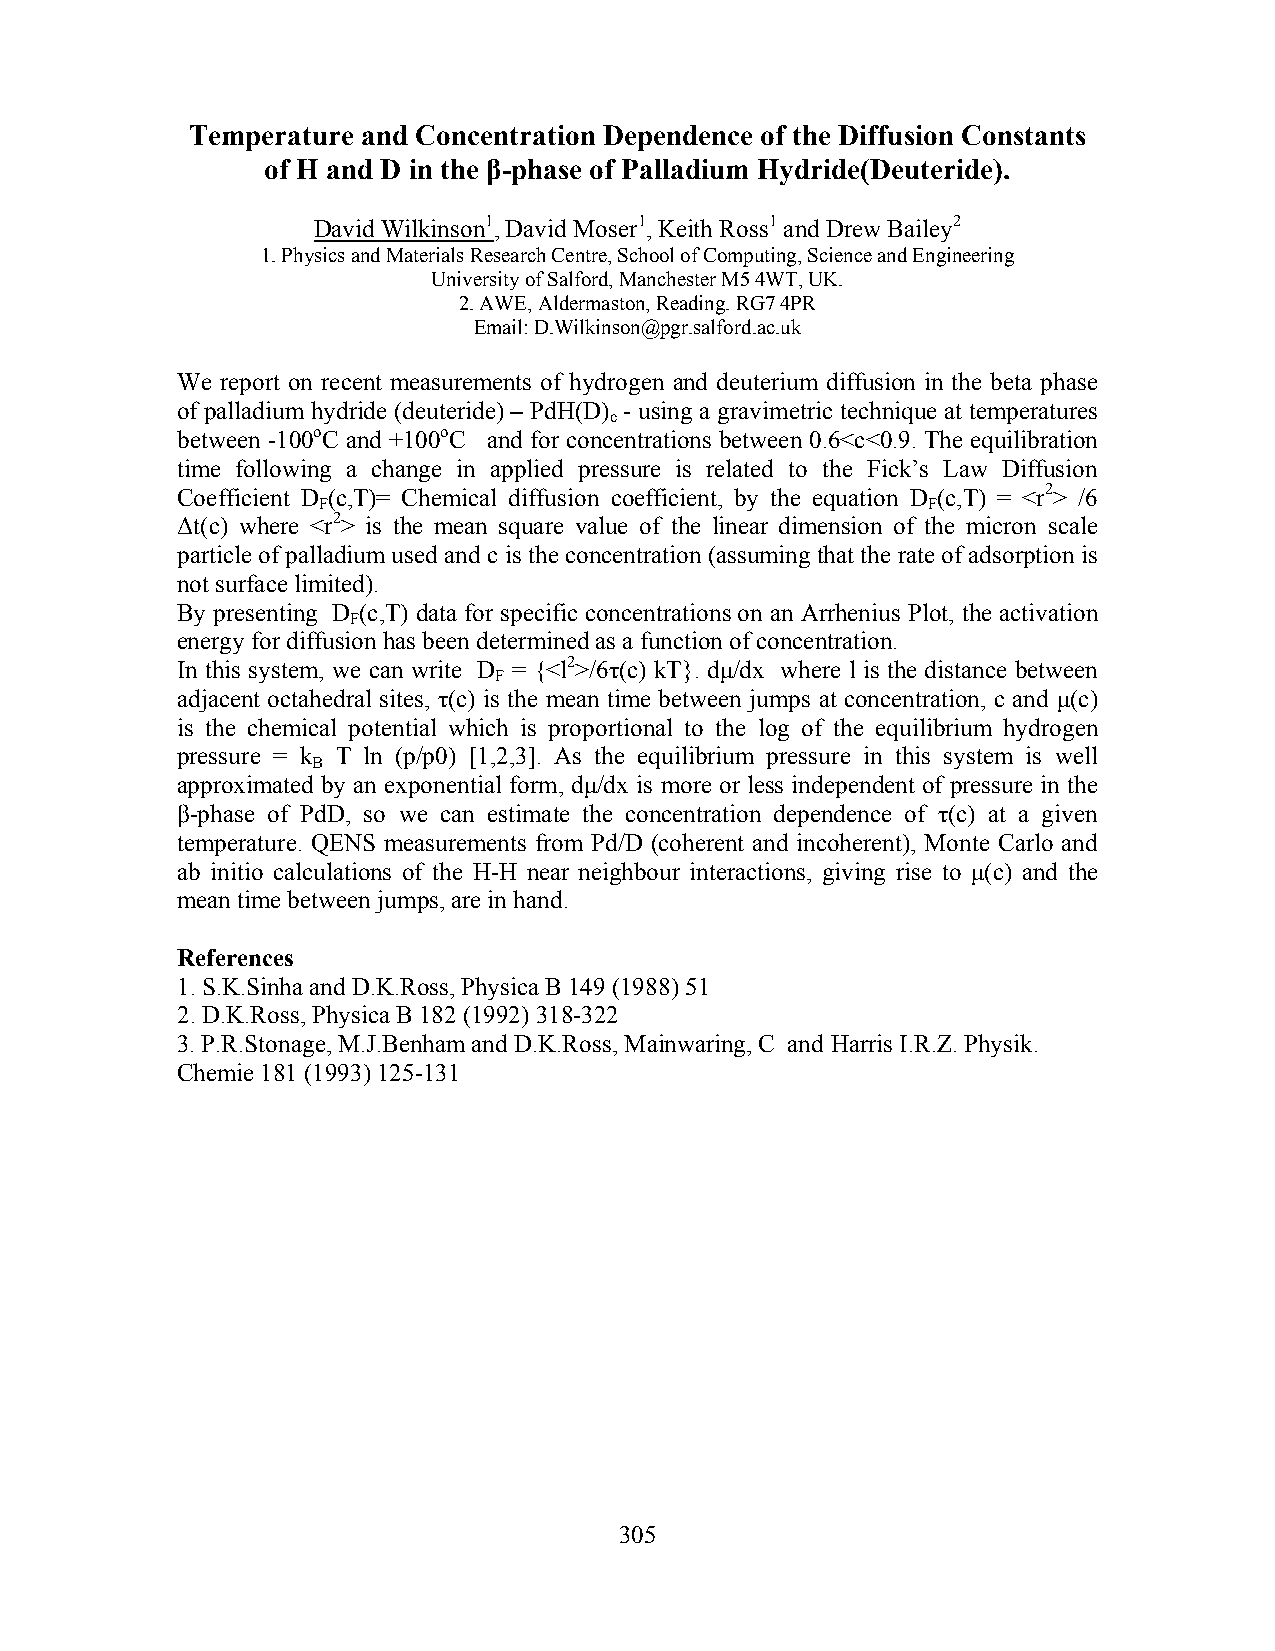
Temperature and Concentration Dependence of the Diffusion Constants
 of H and D in the β-phase of Palladium Hydride(Deuteride).
 David Wilkinson1, David Moser1, Keith Ross1 and Drew Bailey2
 1. Physics and Materials Research Centre, School of Computing, Science and Engineering
 University of Salford, Manchester M5 4WT, UK.
 2. AWE, Aldermaston, Reading. RG7 4PR
 Email: D.Wilkinson@pgr.salford.ac.uk
 We report on recent measurements of hydrogen and deuterium diffusion in the beta phase
 of palladium hydride (deuteride) – PdH(D) - using a gravimetric technique at temperatures
 c
 between -100oC and +100oC and for concentrations between 0.6<c<0.9. The equilibration
 time following a change in applied pressure is related to the Fick’s Law Diffusion
 Coefficient D (c,T)= Chemical diffusion coefficient, by the equation D (c,T) = <r2> /6
 F                                       F
 Δt(c) where <r2> is the mean square value of the linear dimension of the micron scale
 particle of palladium used and c is the concentration (assuming that the rate of adsorption is
 not surface limited).
 By presenting D (c,T) data for specific concentrations on an Arrhenius Plot, the activation
 F
 energy for diffusion has been determined as a function of concentration.
 In this system, we can write D = {<l2>/6τ(c) kT}. dμ/dx where l is the distance between
 F
 adjacent octahedral sites, τ(c) is the mean time between jumps at concentration, c and μ(c)
 is the chemical potential which is proportional to the log of the equilibrium hydrogen
 pressure = k T ln (p/p0) [1,2,3]. As the equilibrium pressure in this system is well
 B
 approximated by an exponential form, dμ/dx is more or less independent of pressure in the
 β-phase of PdD, so we can estimate the concentration dependence of τ(c) at a given
 temperature. QENS measurements from Pd/D (coherent and incoherent), Monte Carlo and
 ab initio calculations of the H-H near neighbour interactions, giving rise to μ(c) and the
 mean time between jumps, are in hand.
 References
 1. S.K.Sinha and D.K.Ross, Physica B 149 (1988) 51
 2. D.K.Ross, Physica B 182 (1992) 318-322
 3. P.R.Stonage, M.J.Benham and D.K.Ross, Mainwaring, C and Harris I.R.Z. Physik.
 Chemie 181 (1993) 125-131
 305